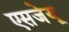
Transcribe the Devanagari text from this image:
एसजेयू